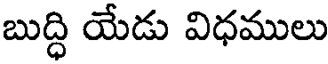
బుద్ధి యేడు విధములు